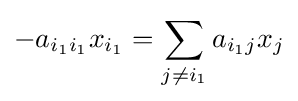
-a_{i_{1}i_{1}}x_{i_{1}}=\sum _{j\neq i_{1}}a_{i_{1}j}x_{j}